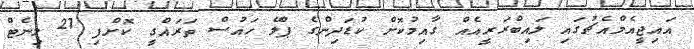
އައިޖީއެމްއެޗުގައި ލައިބްރަރީއެއް ގާއިމުކޮށް ކުޑަދިންގެ ޕްލޭ ހައުސް ތަރައްގީ ކޮށްފި 27 މިނެޓް